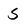
Character: S